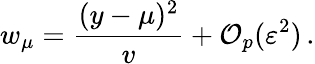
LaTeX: w_{\mu}=\frac{(y-\mu)^{2}}{v}+\mathcal{O}_{p}(\varepsilon^{2})\, .